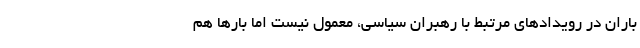
باران در رویدادهای مرتبط با رهبران سیاسی، معمول نیست اما بارها هم